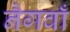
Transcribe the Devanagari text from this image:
नैगवाँ